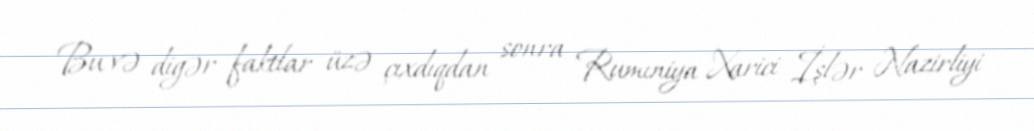
Bu və digər faktlar üzə çıxdıqdan sonra Rumıniya Xarici İşlər Nazirliyi